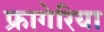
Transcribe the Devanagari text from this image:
फ्रागेरिया